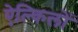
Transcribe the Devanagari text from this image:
ऐल्किलों